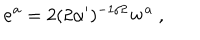
{ \bf e ^ { a } } = 2 ( 2 \alpha ^ { \prime } ) ^ { - 1 / 2 } { \bf w ^ { a } } \ ,